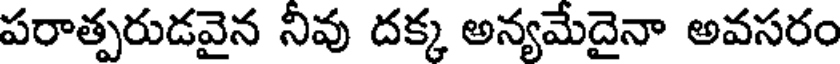
పరాత్పరుడవైన నీవు దక్క అన్యమేదైనా అవసరం